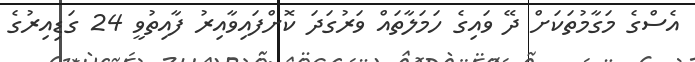
އެސްގެ މަގާމުތަކަށް ދޭ ވައިގެ ހަމަލާތައް ވަރުގަދަ ކޮށްފައިވާއިރު ފާއިތުވީ 24 ގަޑިއިރުގެ